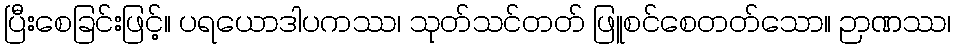
ပြီးစေခြင်းဖြင့်။ ပရယောဒါပကဿ၊ သုတ်သင်တတ် ဖြူစင်စေတတ်သော။ ဉာဏဿ၊